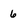
Character: 6